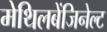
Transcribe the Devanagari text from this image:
मेथिलबेंजिनेल्ट